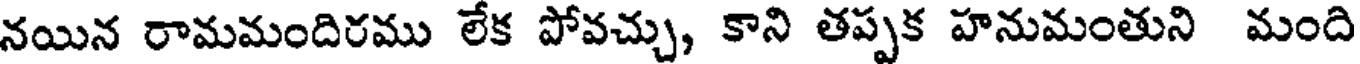
నయిన రామమందిరము లేక పోవచ్చు, కాని తప్పక హనుమంతుని మంది